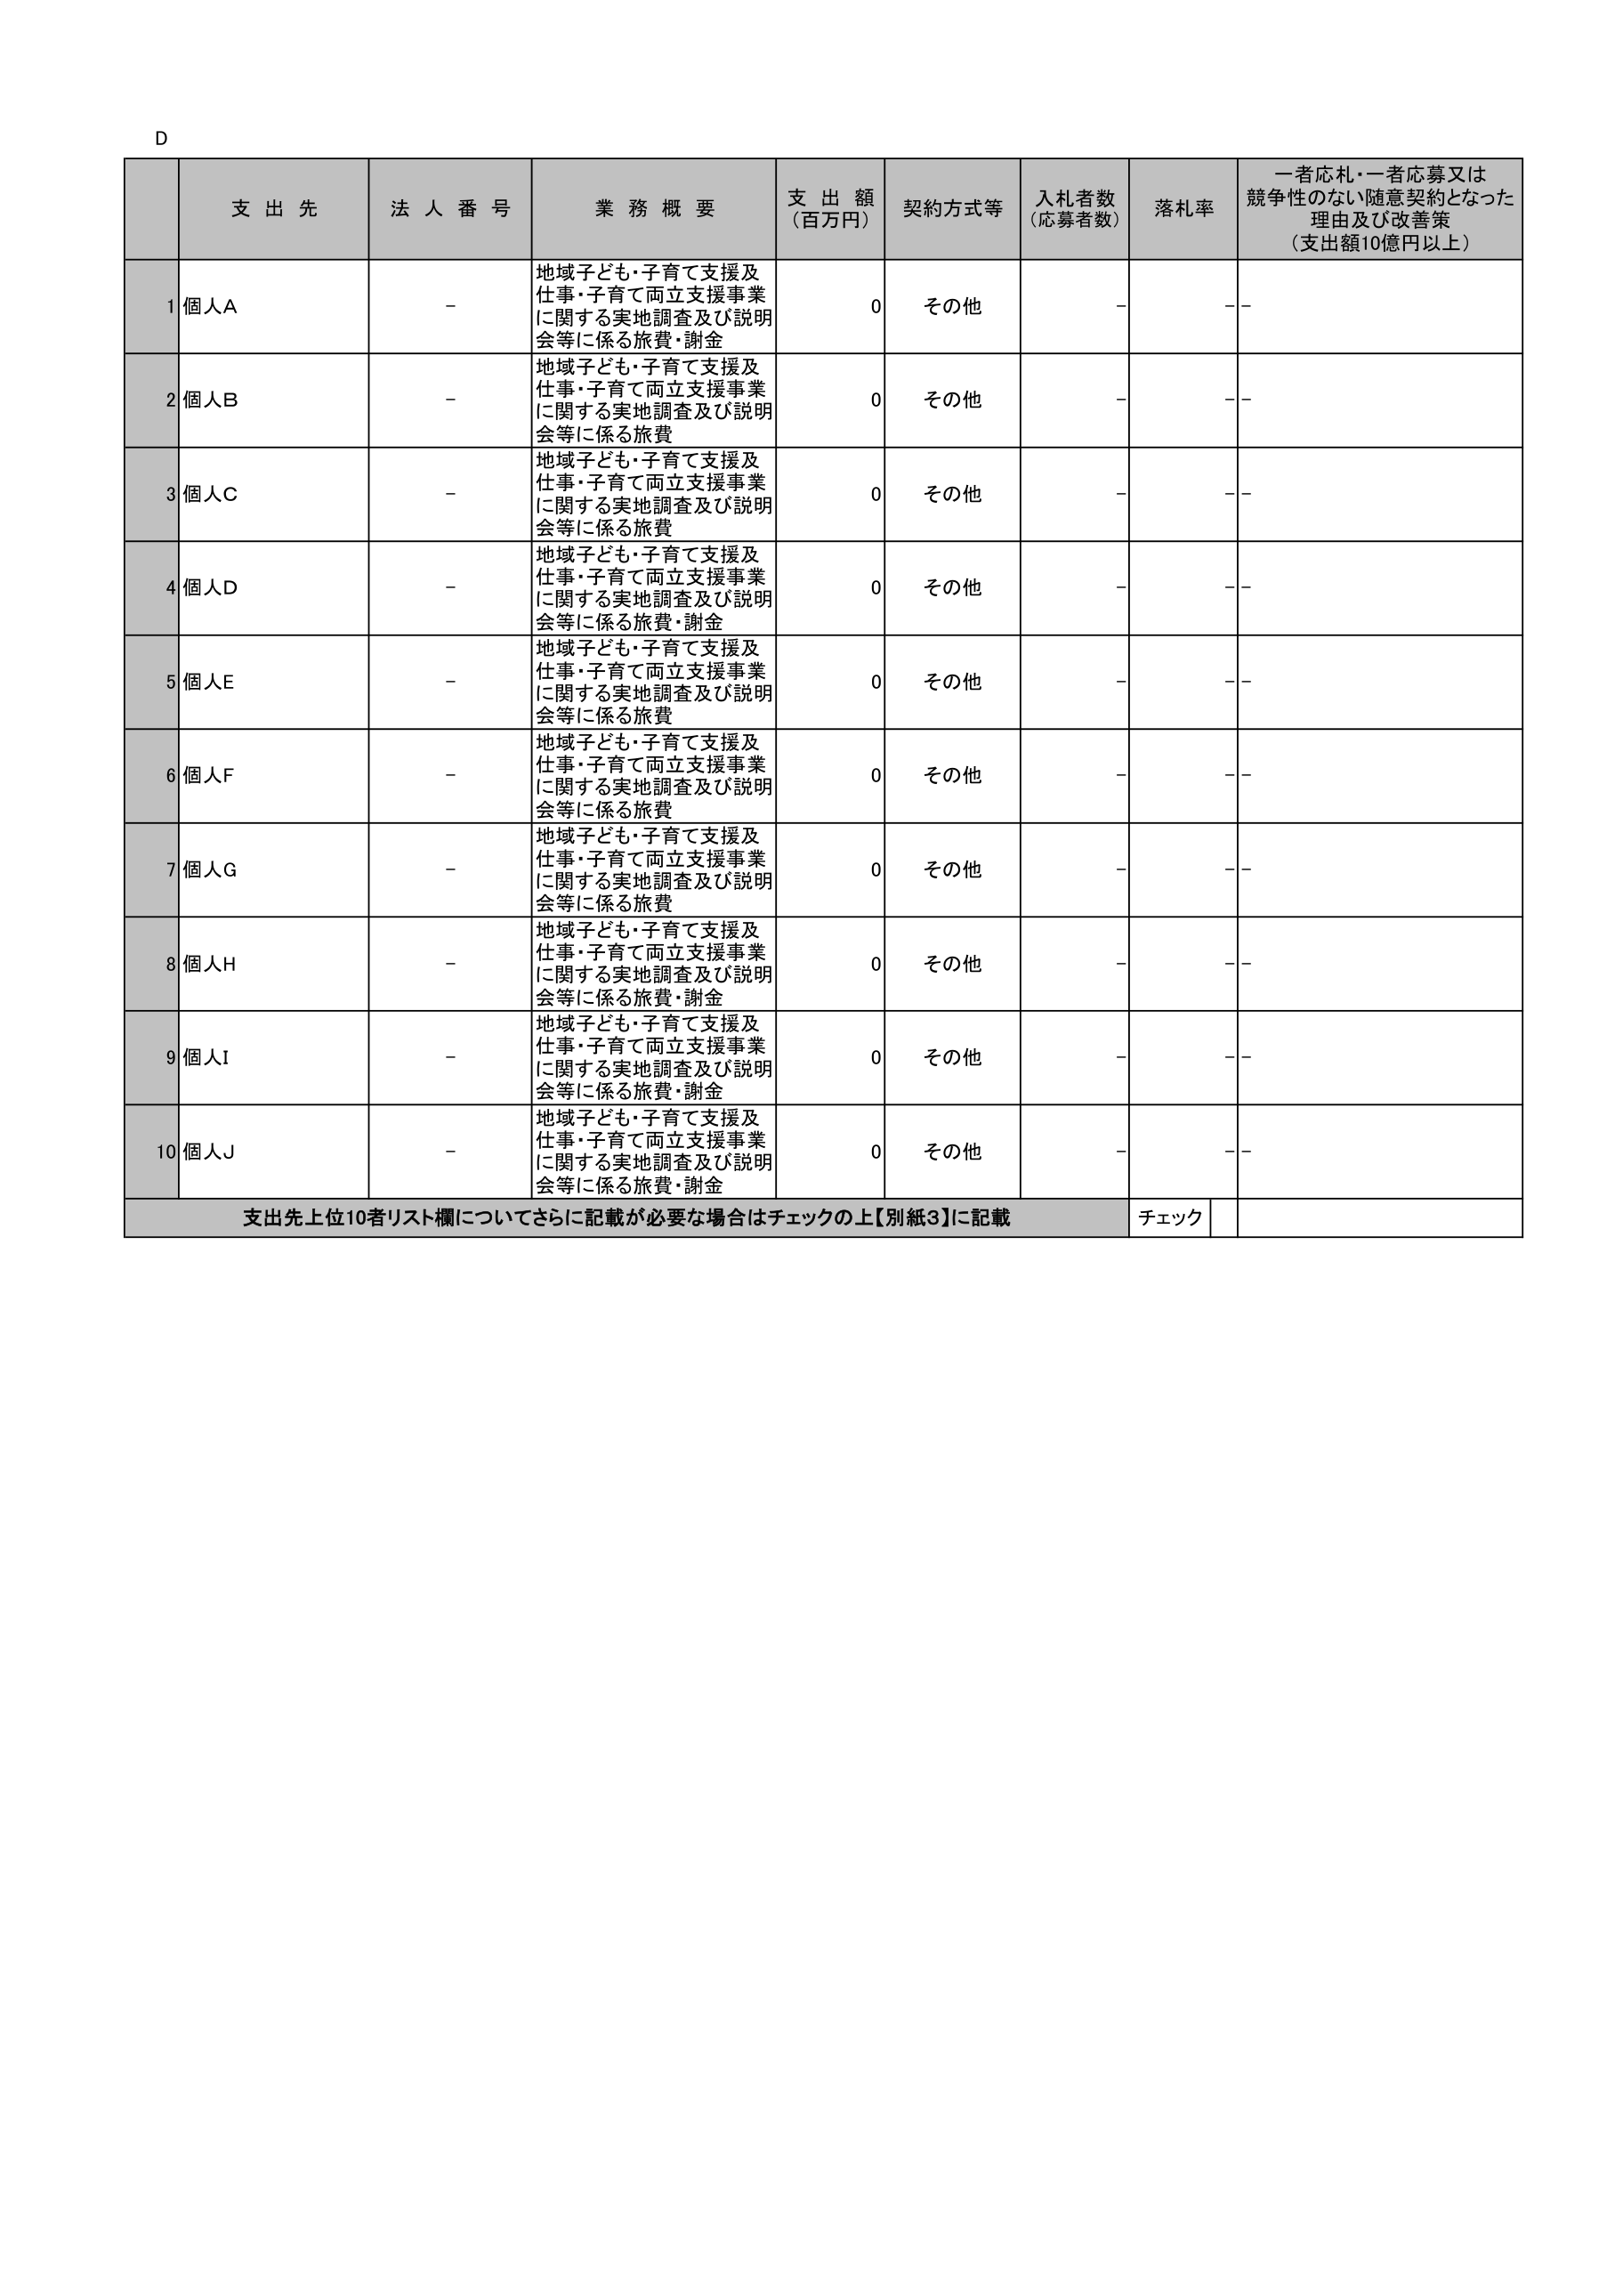
D

支 出 先 法 人 番 号 業 務 概 要 支 出 額 （百万円） 契約方式等 入札者数 （応募者数） 落札率 一者応札・一者応募又は 競争性のない随意契約となった 理由及び改善策 （支出額10億円以上）

1 個人A - 地域子ども・子育て支援及 仕事・子育て両立支援事業 に関する実地調査及び説明 会等に係る旅費・謝金 0 その他 - --

2 個人B - 地域子ども・子育て支援及 仕事・子育て両立支援事業 に関する実地調査及び説明 会等に係る旅費 0 その他 - --

3 個人C - 地域子ども・子育て支援及 仕事・子育て両立支援事業 に関する実地調査及び説明 会等に係る旅費 0 その他 - --

4 個人D - 地域子ども・子育て支援及 仕事・子育て両立支援事業 に関する実地調査及び説明 会等に係る旅費・謝金 0 その他 - --

5 個人E - 地域子ども・子育て支援及 仕事・子育て両立支援事業 に関する実地調査及び説明 会等に係る旅費 0 その他 - --

6 個人F - 地域子ども・子育て支援及 仕事・子育て両立支援事業 に関する実地調査及び説明 会等に係る旅費 0 その他 - --

7 個人G - 地域子ども・子育て支援及 仕事・子育て両立支援事業 に関する実地調査及び説明 会等に係る旅費 0 その他 - --

8 個人H - 地域子ども・子育て支援及 仕事・子育て両立支援事業 に関する実地調査及び説明 会等に係る旅費・謝金 0 その他 - --

9 個人I - 地域子ども・子育て支援及 仕事・子育て両立支援事業 に関する実地調査及び説明 会等に係る旅費・謝金 0 その他 - --

10 個人J - 地域子ども・子育て支援及 仕事・子育て両立支援事業 に関する実地調査及び説明 会等に係る旅費・謝金 0 その他 - --

支出先上位10者リスト欄についてさらに記載が必要な場合はチェックの上【別紙3】に記載 チェック